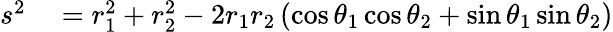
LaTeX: \begin{array}{rl}{s^{2}}&{{}=r_{1}^{2}+r_{2}^{2}-2r_{1}r_{2}\left(\cos\theta_{1}\cos\theta_{2}+\sin\theta_{1}\sin\theta_{2}\right)}\end{array}